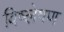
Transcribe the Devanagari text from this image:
विष्‍लेषण